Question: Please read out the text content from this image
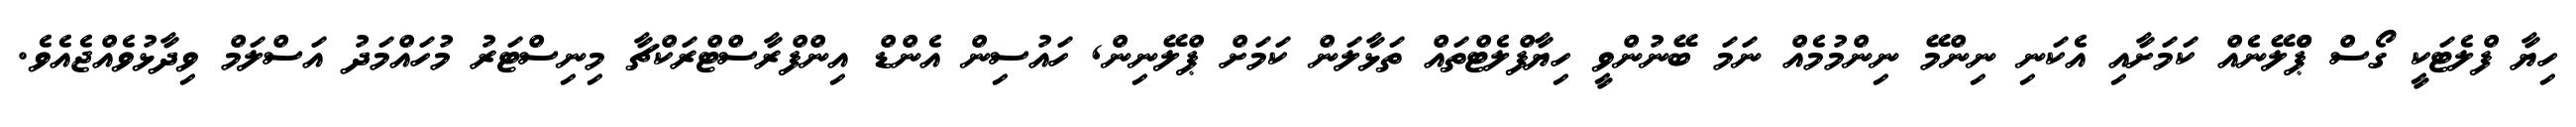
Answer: ހިޔާ ފްލެޓަކީ ގޯސް ޕްްލޭނެއް ކަމަށާއި އެކަނި ނިންމޭ ނިންމުމެއް ނަމަ ބޭނުންވީ ހިޔާފްލެޓްތައް ތަޅާލަން ކަމަށް ޕްލޭނިން, ހައުސިން އެންޑް އިންފްރާސްޓްރަކްޗާ މިނިސްޓަރު މުހައްމަދު އަސްލަމް ވިދާޅުވެއްޖެއެވެ.